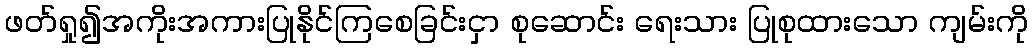
ဖတ်ရှု၍အကိုးအကားပြုနိုင်ကြစေခြင်းငှာ စုဆောင်း ရေးသား ပြုစုထားသော ကျမ်းကို